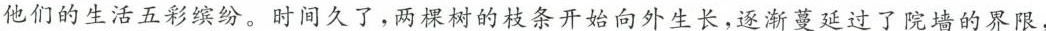
他们的生活五彩缤纷。时间久了，两棵树的枝条开始向外生长，逐渐蔓延过了院墙的界限，